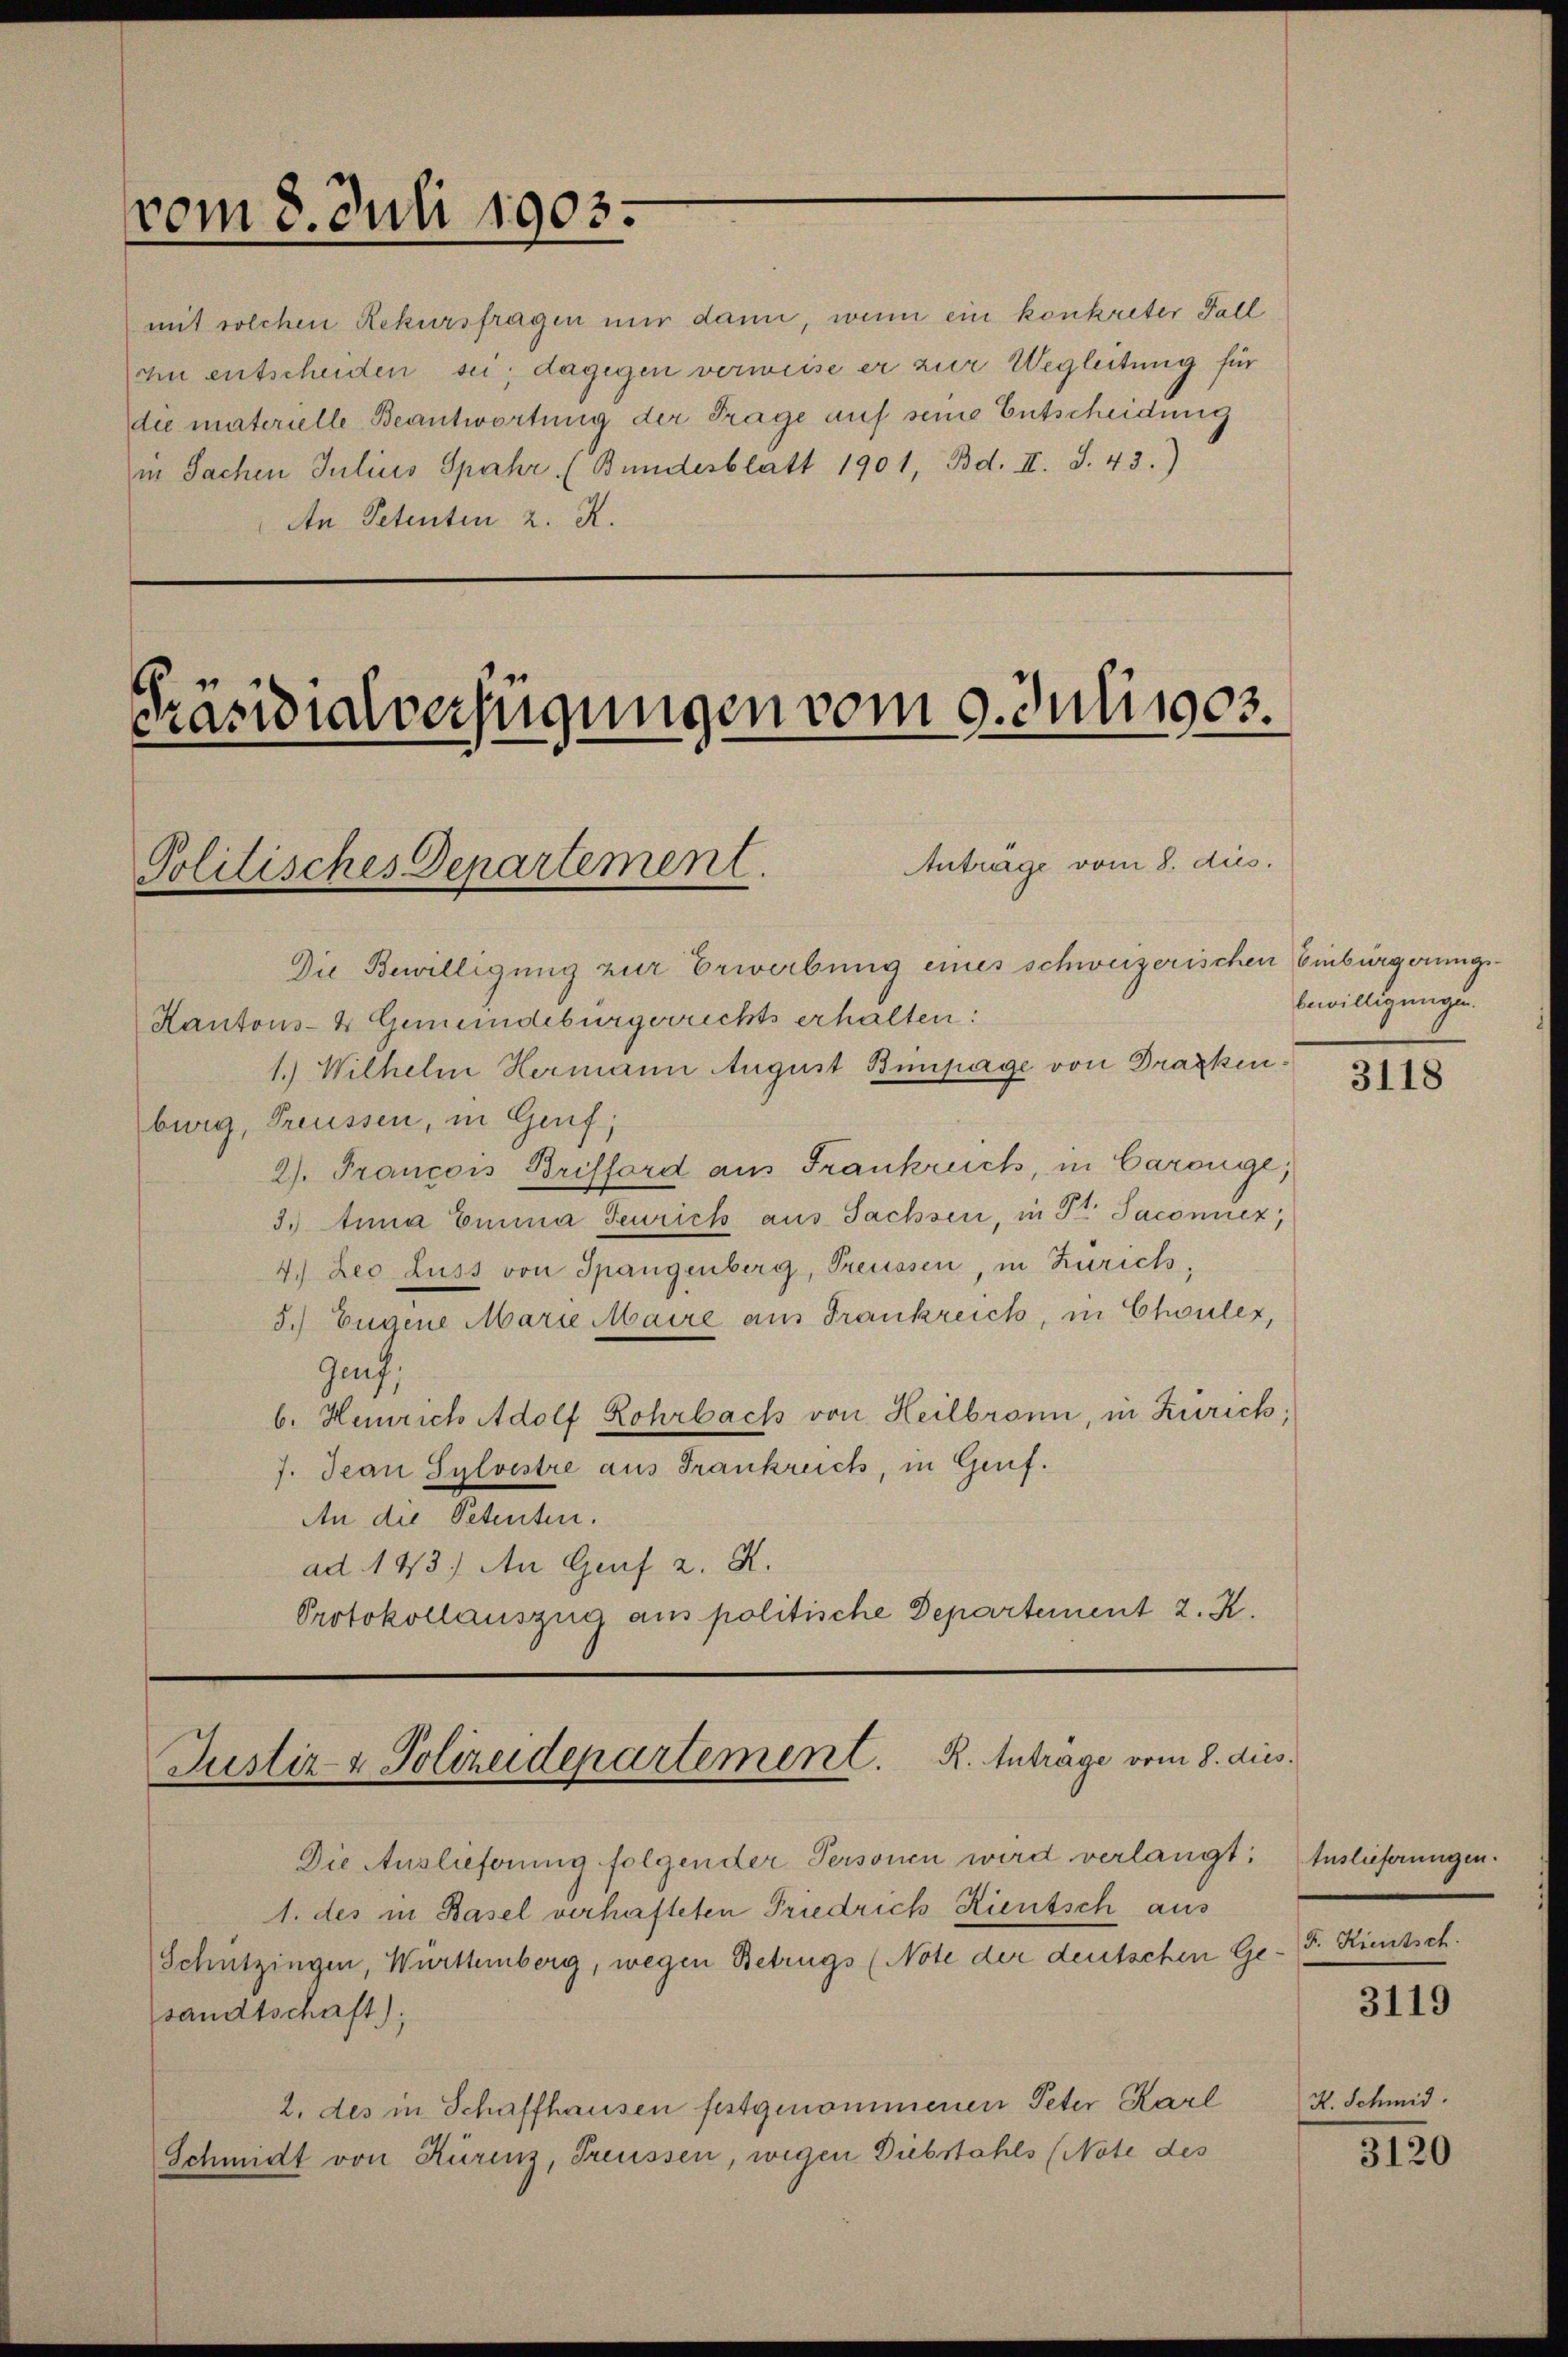
vom 8. Juli 1903.

Präsidialverfügungen vom 9. Juni 1903.
Antrage vom 8. dies.
Politisches Departement.

mit solchen Rekursfragen mir dann, wenn ein konkreter Fall
zin entscheiden sei; dagegen verweise er zur Wegleitung für
die materielle Beantwortung der Frage auf seine Entscheidung
in Sachen Julius Spahr (Bundesblatt 1901, Bd. II. S. 43.)
An Petenten z. R.

Die Bewilligung zur Erwerbung eines schweizerischen Einburgerungs¬
Kantons- & Gemeindebürgerrichts erhalten:
1.) Wilhelm Hermann August Bimpage von Draxkinburg, Preussen, in Genf,
2). Francois Brifford aus Frankruch, in Carouge,
3. Anna Einna Feurich aus Sachsen, in Fr. Jaconuez,
4.) Leo Luss von Spangenberg, Treussen, in Zürich,
5.) Eugene Marie Maire aus Frankreich, in Chouler,
Genf,
b. Heinrich Adolf Rohrbach von Heilbronn, in Zürich;
7. Jean Sylvestre aus Frankreich, in Genf.
An die Petenten.
ad. 143.) An Genf z. R.
Protokollauszug aus politische Departement 2. K.

Justiz- & Polizeidepartement. R. Antrage vom 8. dies

Die Auslieferung folgender Personen wird verlangt
1. des in Basel verhafteten Priedrich Rientsch aus
Schutzingen, Württemberg, wegen Betrugs (Note der deutschen E
sandtschaft),
2. des in Schaffhausen festgenommenen Peter Karl
Schmidt von Kurenz, Treussen, wegen Diebstahls (Note des

bewilligungen.

3118

.
Auslieferungen.
F. Kientsch.
Ge-

3119

H. Schmid.

3120